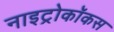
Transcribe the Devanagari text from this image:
नाइट्रोकॉकस